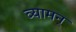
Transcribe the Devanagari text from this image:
व्यामन्